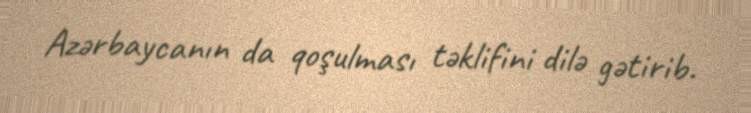
Azərbaycanın da qoşulması təklifini dilə gətirib.